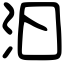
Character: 汩